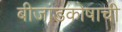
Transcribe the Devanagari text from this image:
बीजांडकोषाची